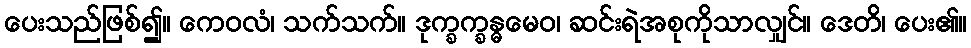
ပေးသည်ဖြစ်၍။ ကေဝလံ၊ သက်သက်။ ဒုက္ခက္ခန္ဓမေဝ၊ ဆင်းရဲအစုကိုသာလျှင်။ ဒေတိ၊ ပေး၏။